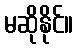
မဆိုနိုင်။